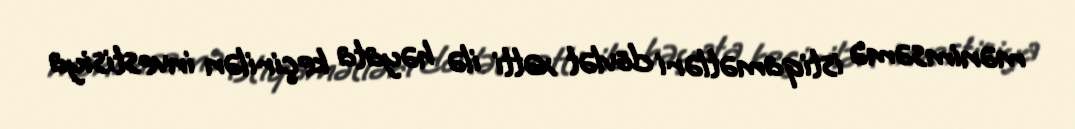
mənimsəmə istiqamətləri dövlət xətti ilə həyata keçirilən investisiya